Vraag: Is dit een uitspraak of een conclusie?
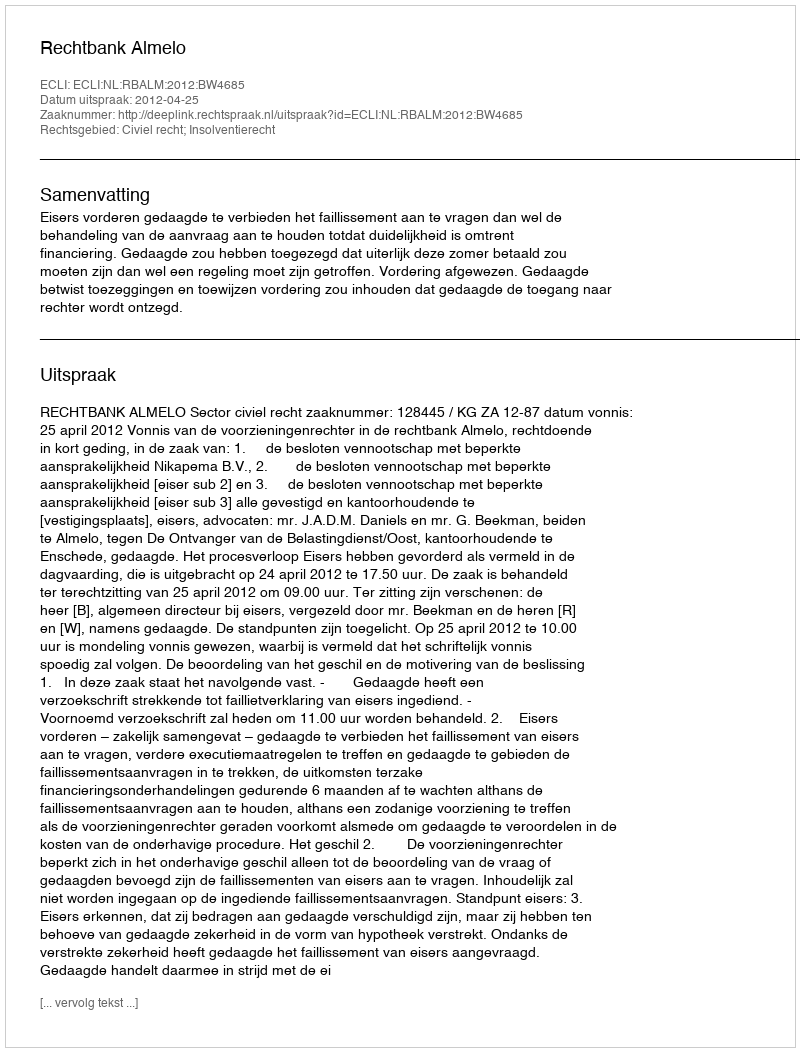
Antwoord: Uitspraak